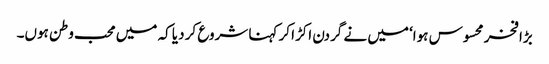
بڑا فخر محسوس ہوا‘ میں نے گردن اکڑا کر کہنا شروع کر دیا کہ میں محب وطن ہوں۔